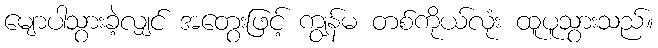
မျောပါသွားခဲ့လျှင် အတွေးဖြင့် ကျွန်မ တစ်ကိုယ်လုံး ထူပူသွားသည်။